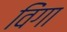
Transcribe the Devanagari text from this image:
विंगा